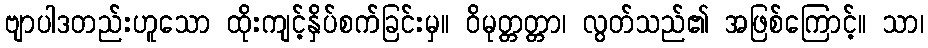
ဗျာပါဒတည်းဟူသော ထိုးကျင့်နှိပ်စက်ခြင်းမှ။ ဝိမုတ္တတ္တာ၊ လွတ်သည်၏ အဖြစ်ကြောင့်။ သာ၊